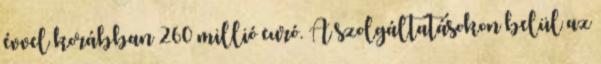
évvel korábban 260 millió euró. A szolgáltatásokon belül az